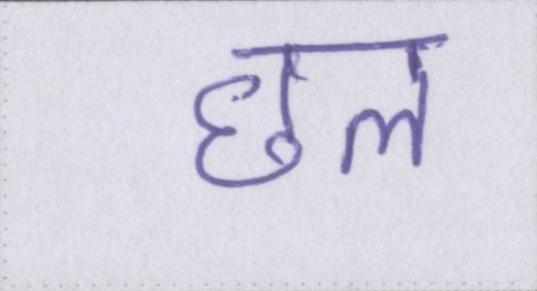
छल